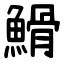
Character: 䱻